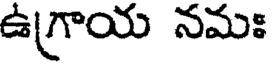
ఉగ్రాయ నమః